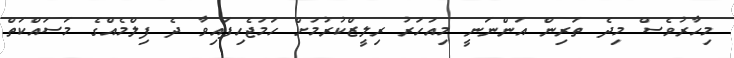
މިހާރުވެސް މިދެ ތަރިން އަންނަނީ މިއަހަރު ރިލީޒްކުރުމަށް ހަމަޖެހިފައިވާ ދެ ފިލްމެއްގެ މަސައްކަތް